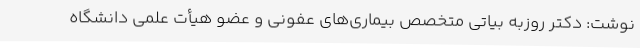
نوشت: دکتر روزبه بیاتی متخصص بیماری‌های عفونی و عضو هیأت علمی دانشگاه